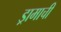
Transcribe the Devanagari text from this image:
ड्रामाची